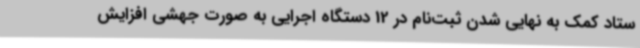
ستاد کمک به نهایی شدن ثبت‌نام در 12 دستگاه اجرایی به صورت جهشی افزایش